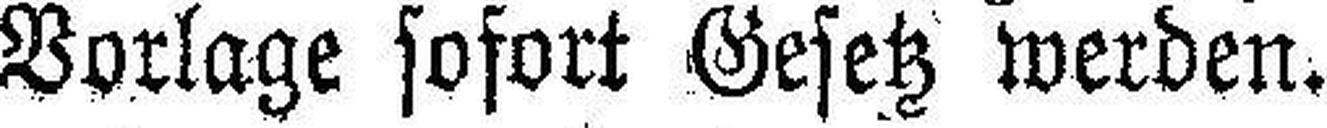
Vorlage sofort Gesetz werden.